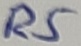
Text: R5